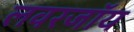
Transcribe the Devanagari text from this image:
लवरजॉय